Scottish assistants in French schools and colleges, 1920
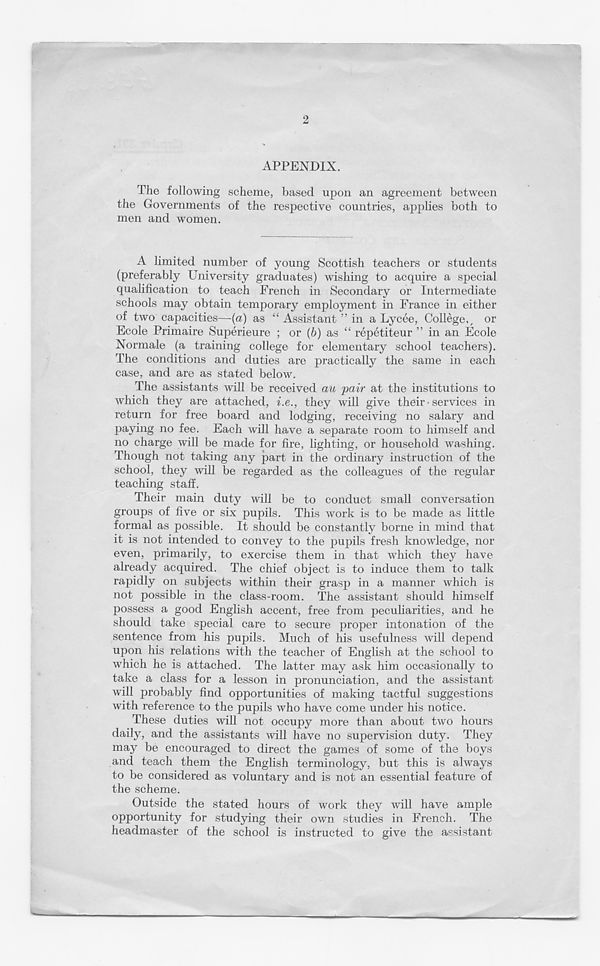
2
APPENDIX.
The following scheme, based upon an agreement between
the Governments of the respective countries, applies both to
men and women.
A limited number of young Scottish teachers or students
(preferably University graduates) wishing to acquire a special
qualification to teach French in Secondary or Intermediate
schools may obtain temporary employment in France in either
of two capacities—(a) as “ Assistant ” in a Lycee, College,, or
Ecole Primaire Superieure ; or (6) as “ repetiteur ” in an Ecole
Normale (a training college for elementary school teachers).
The conditions and duties are practically the same in each
case, and are as stated below.
The assistants will be received au pair at the institutions to
which they are attached, i.e., they will give their • services in
return for free board and lodging, receiving no salary and
paying no fee. Each will have a separate room to himself and
no charge will be made for fire, lighting, or household washing.
Though not taking any part in the ordinary instruction of the
school, they will be regarded as the colleagues of the regular
teaching staff.
Their main duty will be to conduct small conversation
groups of five or six pupils. This work is to be made as little
formal as possible. It should be constantly borne in mind that
it is not intended to convey to the pupils fresh knowledge, nor
even, primarily, to exercise them in that which they have
already acquired. The chief object is to induce them to talk
rapidly on subjects within their grasp in a manner which is
not possible in the class-room. The assistant should himself
possess a good English accent, free from peculiarities, and he
should take special care to secure proper intonation of the
sentence from his pupils. Much of his usefulness will depend
upon his relations with the teacher of English at the school to
which he is attached. The latter may ask him occasionally to
take a class for a lesson in pronunciation, and the assistant
will probably find opportunities of making tactful suggestions
with reference to the pupils who have come under his notice.
These duties will not occupy more than about two hours
daily, and the assistants will have no supervision duty. They
may be encouraged to direct the games of some of the boys
and teach them the English terminology, but this is always
to be considered as voluntary and is not an essential feature of
the scheme.
Outside the stated hours of work they will have ample
opportunity for studying their own studies in French. The
headmaster of the school is instructed to give the assistant